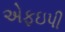
એફઇપી